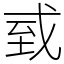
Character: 㦶